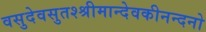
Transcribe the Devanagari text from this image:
वसुदेवसुतश्श्रीमान्देवकीनन्दनो